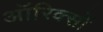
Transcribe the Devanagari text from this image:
ऑरिक्सों